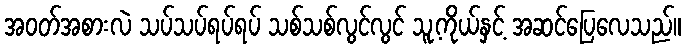
အဝတ်အစားလဲ သပ်သပ်ရပ်ရပ် သစ်သစ်လွင်လွင် သူ့ကိုယ်နှင့် အဆင်ပြေလေသည်။